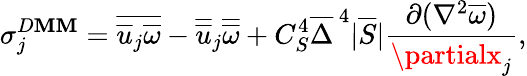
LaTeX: \sigma_{j}^{D\mathbf{M}\mathbf{M}}=\overline{{{\overline{{{u}}}_{j}\overline{{{\omega}}}}}}-\overline{{{\overline{{{u}}}}}}_{j}\overline{{{\overline{{{\omega}}}}}}+C_{S}^{4}\overline{{{\Delta}}}^{\, 4}|\overline{{{S}}}|\frac{{\partial(\nabla^{2}\overline{{{\omega}}})}}{{\partialx_{j}}},